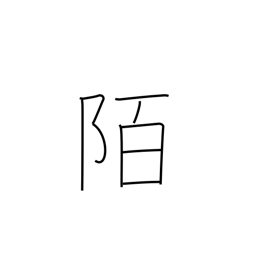
Meaning: road